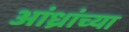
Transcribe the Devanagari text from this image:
आंध्रांच्या